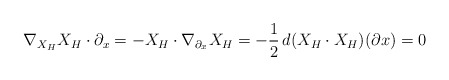
\begin{align*}\nabla_{X_H}X_H \cdot \partial_x=-X_H \cdot \nabla_{\partial_x}X_H=-{1\over 2}\, d(X_H \cdot X_H)(\partial x)=0\end{align*}